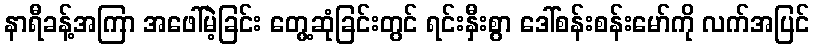
နာရီခန့်အကြာ အဖေါ်မဲ့ခြင်း တွေ့ဆုံခြင်းတွင် ရင်းနှီးစွာ ဒေါ်စန်းစန်းမော်ကို လက်အပြင်